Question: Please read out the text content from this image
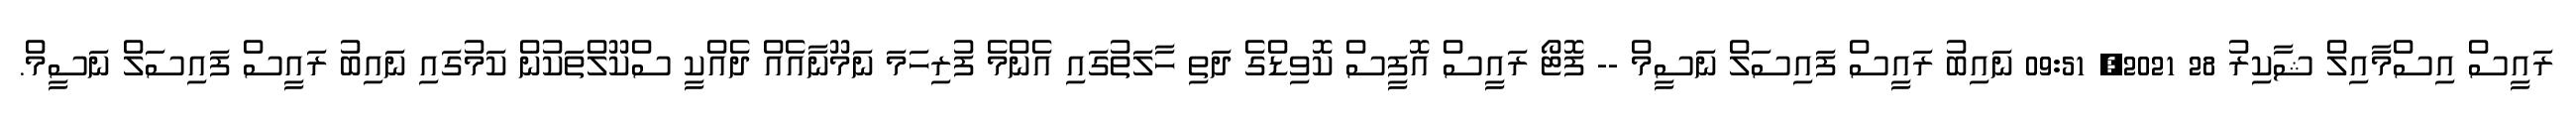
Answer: ރައީސް އިސްމާއިލް ޝާކިރު 28 2021, 09:51 ނައިބު ރައީސް ފައިސަލް ނަސީމް -- ފޮޓޯ ރައީސް އޮފީސް ކޮވިޑްގެ ދަތި ހާލަތުގައި އެންމެ ފުރިހަމަ ނަމޫނާއެއް ދެއްކީ ސްކޫލްތަކުން ކަމުގައި ނައިބު ރައީސް ފައިސަލް ނަސީމް.